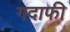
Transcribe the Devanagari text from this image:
गदाफी